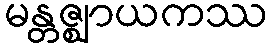
မန္တဇ္ဈာယကဿ